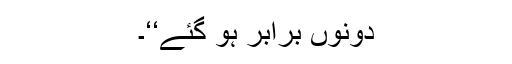
دونوں برابر ہو گئے‘‘۔